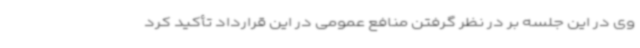
وی در این جلسه بر در نظر گرفتن منافع عمومی در این قرارداد تأکید کرد